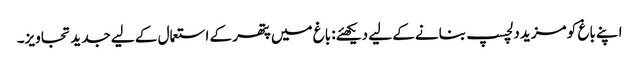
اپنے باغ کو مزید دلچسپ بنانے کے لیے دیکھئے: باغ میں پتھر کے استعمال کے لیے جدید تجاویز۔